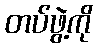
တပ်ဖွဲ့ကို